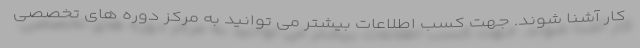
کار آشنا شوند. جهت کسب اطلاعات بیشتر می توانید به مرکز دوره های تخصصی